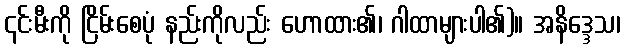
၎င်းမီးကို ငြိမ်းစေပုံ နည်းကိုလည်း ဟောထား၏၊ ဂါထာများပါ၏)။ အနိဒ္ဒေသ၊